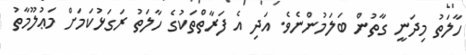
ހާލަތު މިދަނީ ގާތުން ބަލަމުންނެވެ. އަދި އެ ފަރާތްތަކުގެ ހާލަތު ރަގަޅުކަމަށް މަޢުލޫމާތު